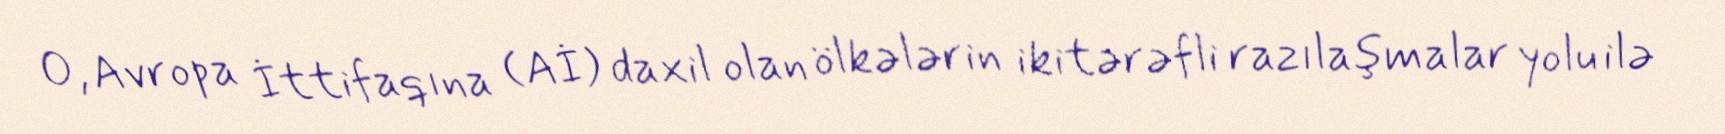
O, Avropa İttifaqına (Aİ) daxil olan ölkələrin ikitərəfli razılaşmalar yolu ilə